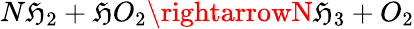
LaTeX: N\mathfrak{H}_{2}+\mathfrak{H}O_{2}\rightarrowN\mathfrak{H}_{3}+O_{2}